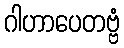
ဂါဟာပေတဗ္ဗံ